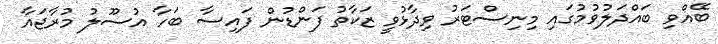
ބޭއްވި ބައްދަލުވުމުގައި މިނިސްޓަރު ވިދާޅުވީ ޒަކާތު ފަންޑުން ފައިސާ ބަހާ އުސޫލު މުރާޖައާ